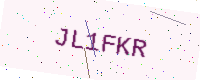
Text: JL1FKR